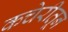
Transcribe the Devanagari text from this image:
कचेरीतून